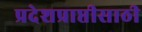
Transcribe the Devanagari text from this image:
प्रदेशप्राप्तीसाठी